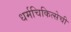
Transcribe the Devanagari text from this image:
धर्मचिकित्सेची